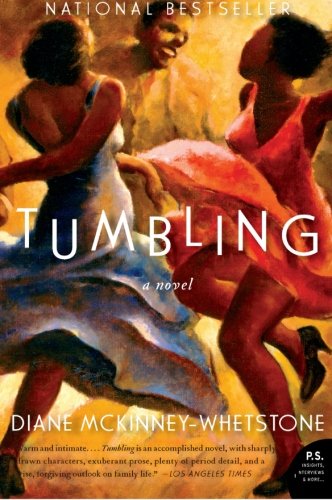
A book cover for Tumbling: A Novel; Diane McKinney-Whetstone; Literature & Fiction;